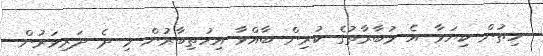
ހިތުން ކިޔަވާ އެ މުބާރާތުގެ ކުރިން ބާއްވާ އިހުތިބާރުން މި ދެ ދަރިވަރުން